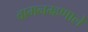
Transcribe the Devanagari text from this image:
वामनम्हणाले